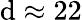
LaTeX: \mathrm{d}\approx22